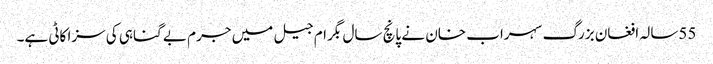
55سالہ افغان بزرگ سہراب خان نے پانچ سال بگرام جیل میں جرم بے گناہی کی سزا کاٹی ہے۔